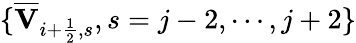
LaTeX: \{ \overline{{\mathbf{V}}}_{i+\frac{1}{2},s},s=j-2,\cdots,j+2\}